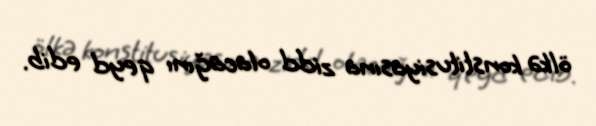
ölkə konstitusiyasına zidd olacağını qeyd edib.